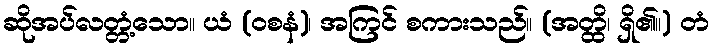
ဆိုအပ်လတ္တံ့သော။ ယံ (ဝစနံ)၊ အကြင် စကားသည်။ (အတ္ထိ၊ ရှိ၏။) တံ